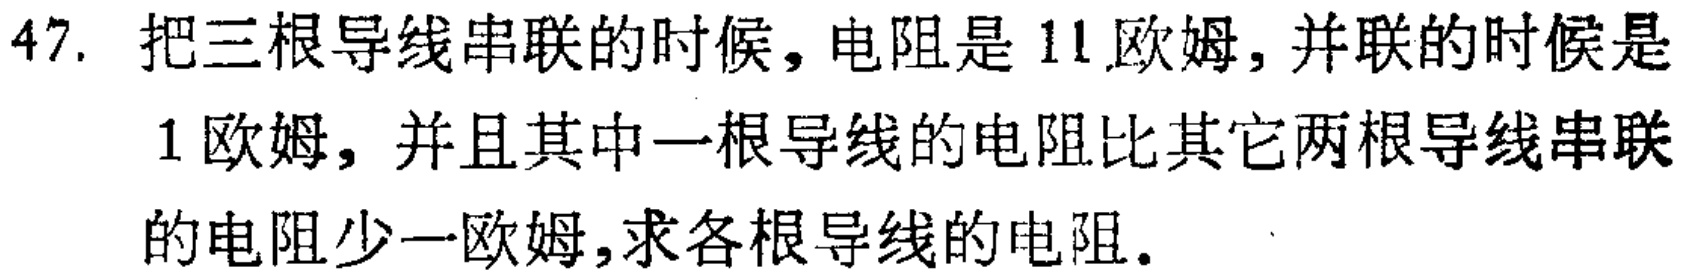
47. 把三根导线串联的时候，电阻是 11 欧姆，并联的时候是
1 欧姆，并且其中一根导线的电阻比其它两根导线串联
的电阻少一欧姆，求各根导线的电阻。